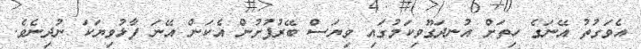
އެވަގުތު އޭނަގެ ހިތަށް އުނދަގޫވިކަމުގައި ވިޔަސް ބޭރުފުށުން އެކަން އޭނަ ފާޅުވިޔަކަ ނުދިނެވެ.